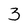
Character: 3